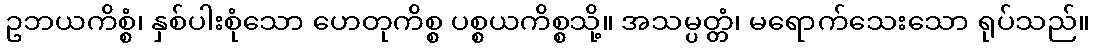
ဥဘယကိစ္စံ၊ နှစ်ပါးစုံသော ဟေတုကိစ္စ ပစ္စယကိစ္စသို့။ အသမ္ပတ္တံ၊ မရောက်သေးသော ရုပ်သည်။